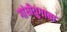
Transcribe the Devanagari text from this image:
गांधीयुगाचा